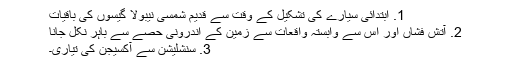
1. ابتدائی سیارے کی تشکیل کے وقت سے قدیم شمسی نیبولا گیسوں کی باقیات
2. آتش فشاں اور اس سے وابستہ واقعات سے زمین کے اندرونی حصے سے باہر نکل جانا
3. سنشلیشن سے آکسیجن کی تیاری۔